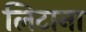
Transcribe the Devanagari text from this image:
लिटाना